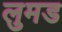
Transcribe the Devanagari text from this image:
लुमड